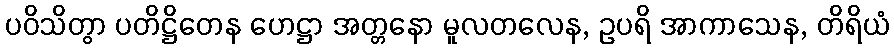
ပဝိသိတွာ ပတိဋ္ဌိတေန ဟေဋ္ဌာ အတ္တနော မူလတလေန, ဥပရိ အာကာသေန, တိရိယံ